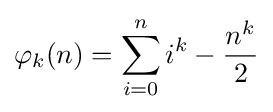
\varphi _{k}(n)=\sum _{i=0}^{n}i^{k}-{\frac {n^{k}}{2}}